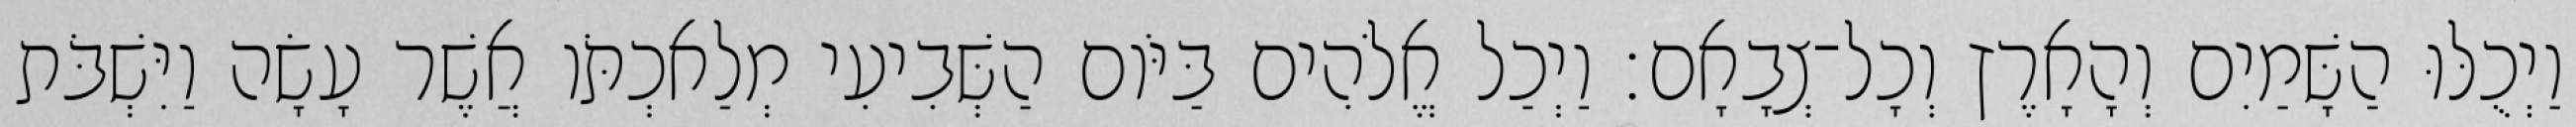
וַיְכֻלּוּ הַשָּׁמַיִם וְהָאָרֶץ וְכָל־צְבָאָם׃ וַיְכַל אֱלֹהִים בַּיֹּום הַשְּׁבִיעִי מְלַאכְתֹּו אֲשֶׁר עָשָׂה וַיִּשְׁבֹּת